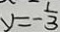
y = - \frac { 1 } { 3 }